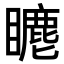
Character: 𥋨